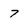
Character: 7